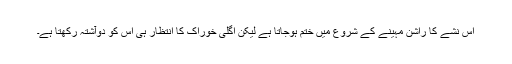
اس نشے کا راشن مہینے کے شروع میں ختم ہوجاتا ہے لیکن اگلی خوراک کا انتظار ہی اس کو دوآشتہ رکھتا ہے۔